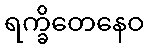
ရက္ခိတေနေဝ